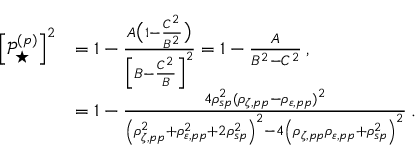
\begin{array} { r l } { \left[ \mathop { \mathcal { P } _ { \star } ^ { ( p ) } } \right] ^ { 2 } } & { = 1 - \frac { A \big ( 1 - \frac { C ^ { 2 } } { B ^ { 2 } } \big ) } { \Big [ B - \frac { C ^ { 2 } } { B } \Big ] ^ { 2 } } = 1 - \frac { A } { B ^ { 2 } - C ^ { 2 } } \: , } \\ & { = 1 - \frac { 4 \rho _ { s p } ^ { 2 } ( \rho _ { \zeta , p p } - \rho _ { \varepsilon , p p } ) ^ { 2 } } { \left( \rho _ { \zeta , p p } ^ { 2 } + \rho _ { \varepsilon , p p } ^ { 2 } + 2 \rho _ { s p } ^ { 2 } \right) ^ { 2 } - 4 \left( \rho _ { \zeta , p p } \rho _ { \varepsilon , p p } + \rho _ { s p } ^ { 2 } \right) ^ { 2 } } \: . } \end{array}